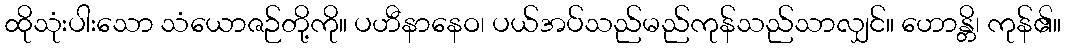
ထိုသုံးပါးသော သံယောဇဉ်တို့ကို။ ပဟီနာနေဝ၊ ပယ်အပ်သည်မည်ကုန်သည်သာလျှင်။ ဟောန္တိ၊ ကုန်၏။